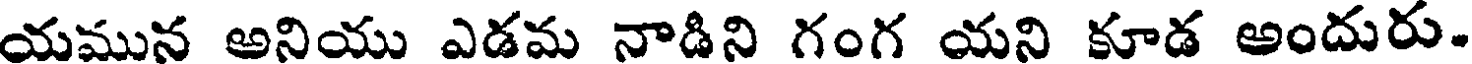
యమున అనియు ఎడమ నాడిని గంగ యని కూడ అందురు.